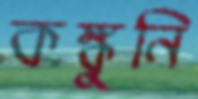
কঙ্কুনি